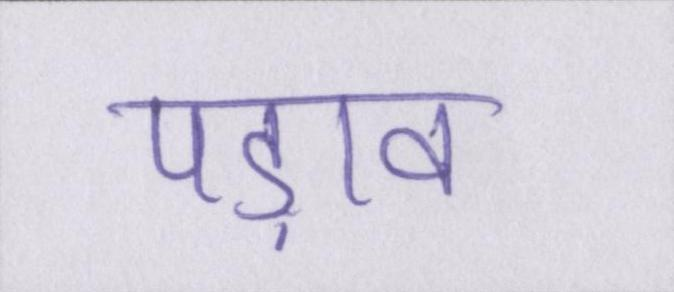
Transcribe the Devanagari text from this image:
पड़ाव